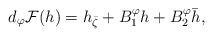
LaTeX: \begin{align*}d_\varphi\mathcal{F}(h)=h_{\bar{\zeta}}+B_1^\varphi h + B_2^\varphi\bar{h},\end{align*}